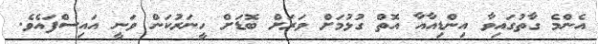
އެންމެ ގާތުގައިވާ އިންޑިއާއާ އޮތް ގުޅުމަށް ވަރަށް ބޮޑަށް ހީނަރުކަން ވަނީ އައިސްފައެވެ.